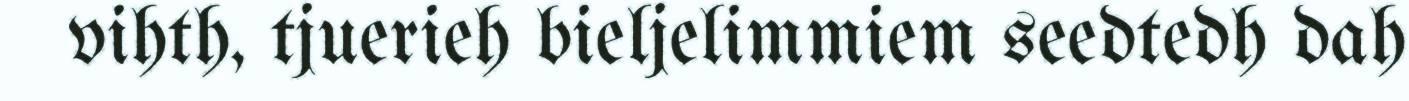
vihth, tjuerieh bieljelimmiem seedtedh dah